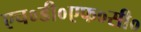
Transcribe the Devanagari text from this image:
एच०डी०एफ०सी०